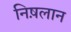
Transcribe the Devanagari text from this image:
निष़लान